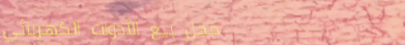
محل بيع الأدوات الكهربائي